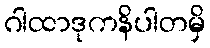
ဂါထာဒုကနိပါတမှိ